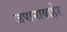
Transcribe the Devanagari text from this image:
जपानाबाहेर